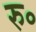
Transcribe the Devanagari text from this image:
रु॰